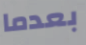
بعدما